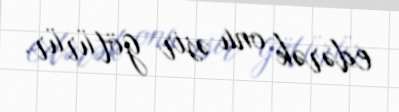
edərək onu əsir götürür.